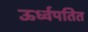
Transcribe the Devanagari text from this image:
ऊर्ध्वपतित